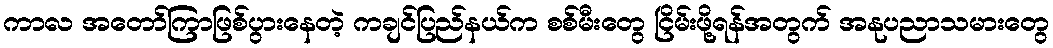
ကာလ အတော်ကြာဖြစ်ပွားနေတဲ့ ကချင်ပြည်နယ်က စစ်မီးတွေ ငြိမ်းဖို့ရန်အတွက် အနုပညာသမားတွေ